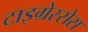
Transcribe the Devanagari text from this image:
टाइग्रेस्सेस